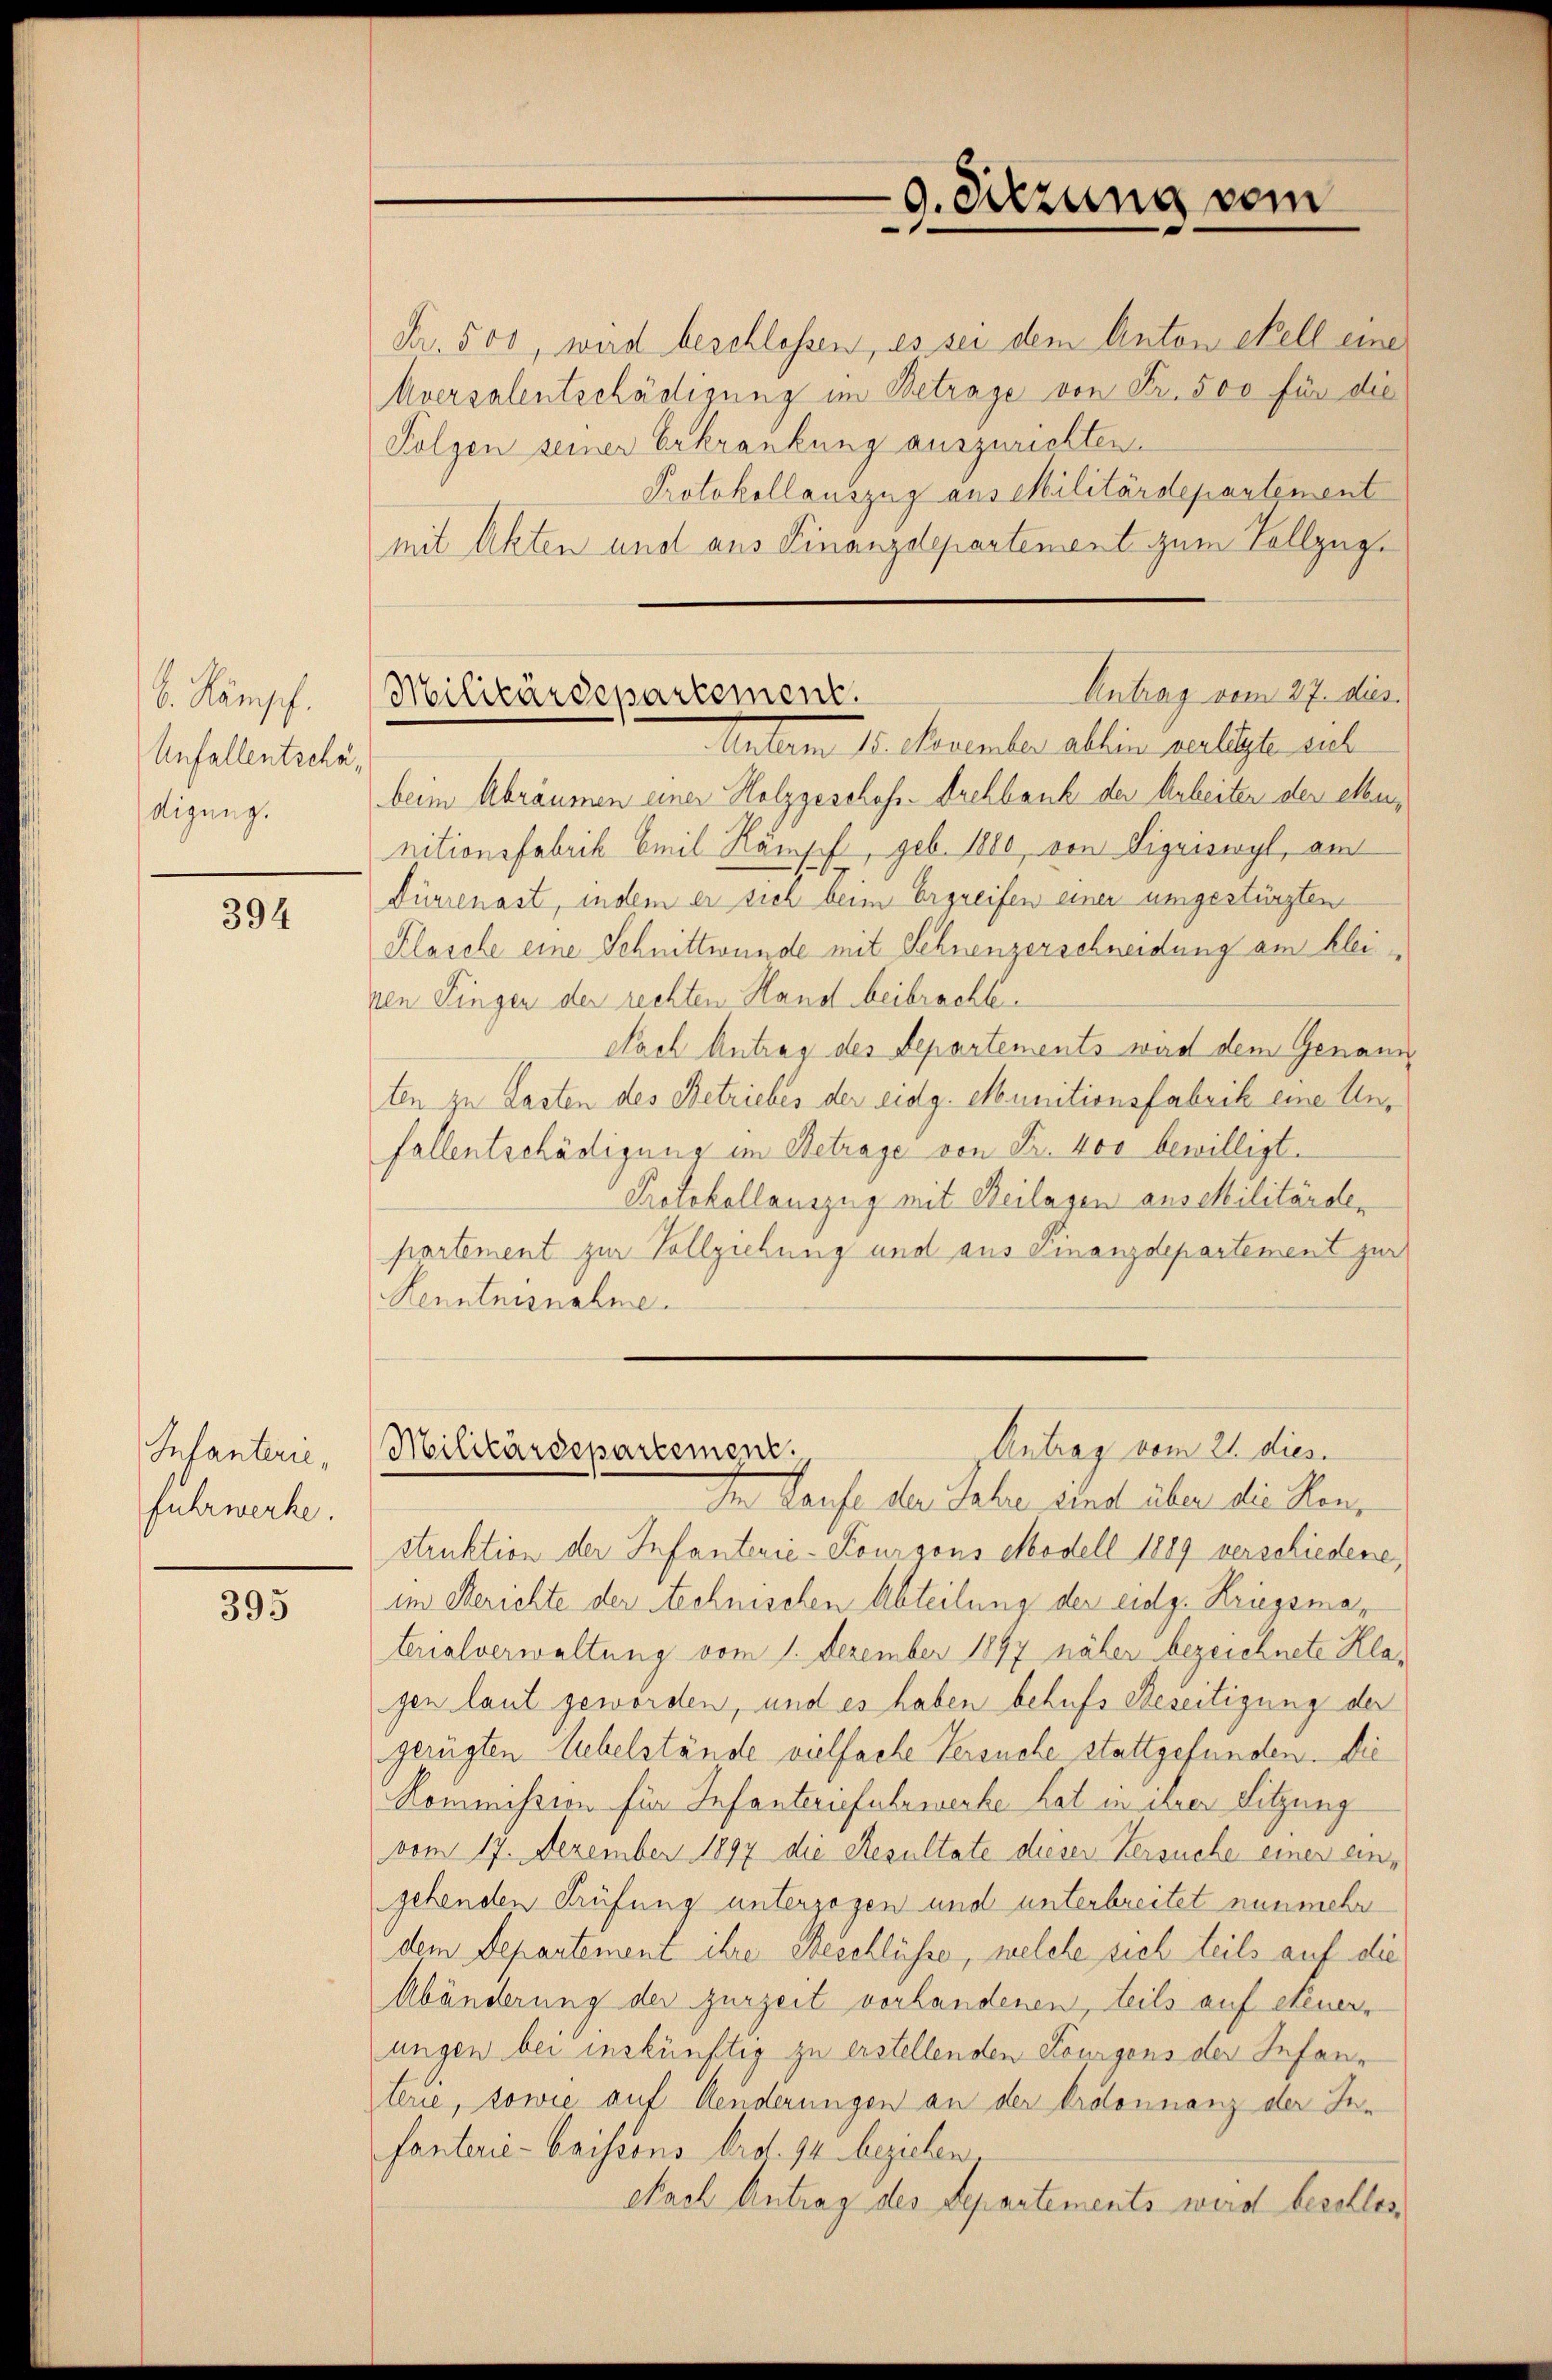
b. Kampf.
Unfallentschädigung.

394

Infanterie,
fuhrwerke.

393

9. Sitzung vom

Antrag vom 27. dies
Militärdepartement.
Unterm 15. Manember allein willigte sich

Fr. 500, wird beschlossen, es sei dem Anton ehell eine
Aversalentschädigung im Betrage von Fr. 500 für die
Folgen seiner Erkrankung auszurichten.
Protokollauszug aus Militärdepartement
mit Akten und aus Finanzdepartement zum Vollzugbeim Abräumen einer Holzgeschofs-Archbank der Arbeiten der elten,
nitionsfabrik Emil Kämpf, geb. 1880 von Ligawirgl, am
Dürrenast, indem er sich beim Ergreifen einer umgestürzten
Klasche eine Schnittwunde mit Schnenzerschneidung am kleinen Fingen der rechten Hand beibrachte.
Nach Antrag des Repartements wird dem Genann
ten zu Lasten des Betriebes der eidg. Munitionsfabrik eine Un¬
Fallentschädigung im Betrage von Fr. 400 bewilligt.
Protokollauszug mit Beilagen aus Militärdepartement zur Vollziehung und aus Finanzdepartement zur
Renntnisnahme.

Antrag vom 21. dies
Militärdepartement,

Im Laufe der Jahre sind über die Hanstruktion der Infanterie-Kourgons Modell 1889 verschiedene,
im Berichte der Rechnischen Abteilung der eidg. Kriegsmaterialverwaltung vom 1. Dezember 1897 näher bezeichnete Klagen laut geworden, und es haben behufs Beseitigung der
gerügten Uebelstände vielfache Versuche stattgefunden. Die
Kommission für Infanteriefuhrwerke hat in ihrer Sitzung
vom 17. Dezember 1897 die Resultate dieser Versuche einer eingehenden Prüfung unterzogen und unterbreitet nunmehr
dem Departement ihre Beschlüsse, welche sich teils auf die
Abänderung der zurzeit vorhandenen, teils auf Steuerungen bei inskünftig zu erstellenden Königens der Infanr
terie, sowie auf Aenderungen an der Ordonnanz der Infanterie-Caisions brd. 94 beziehen
Nach Antrag des Separtements wird beschlos¬